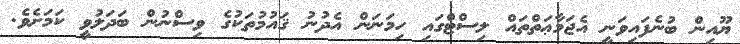
ޔޫއިން ބުނެފައިވަނީ އެޖަމާޢަތްތައް ލިސްޓްގައި ހިމަނަން އެދުނު ޤައުމުތަކުގެ ވިސްނުން ބަދަލުވީ ކަމަށެވެ.